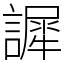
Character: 䜄